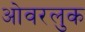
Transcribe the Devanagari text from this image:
ओवरलुक